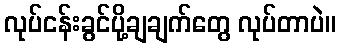
လုပ်ငန်းခွင်ပို့ချချက်တွေ လုပ်တာပဲ။